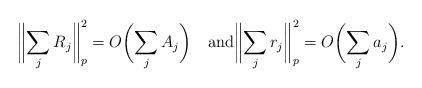
LaTeX: \begin{align*} \biggl\|\sum_jR_j\biggr\|^2_p=O\biggl(\sum_jA_j\biggr) \quad\mbox{and}\biggl\|\sum_{j}r_j\biggr\|^2_p=O\biggl(\sum_{j}a_j\biggr).\end{align*}